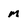
Character: M